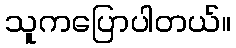
သူကပြောပါတယ်။